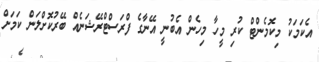
އެކަމަކު މިކޮމެންޓް ކުރި މީހާ މިހެން އެބުނީ އޭނާގެ ފްރަސްޓްރޭޝަނެއް ބޭރުކޮށްލަން ކަމަށް